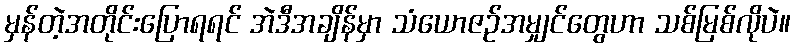
မှန်တဲ့အတိုင်းပြောရရင် အဲဒီအချိန်မှာ သံယောဇဉ်အမျှင်တွေဟာ သစ်မြစ်လိုပဲ။